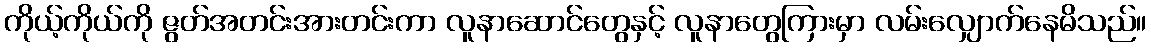
ကိုယ့်ကိုယ်ကို ဇွတ်အတင်းအားတင်းကာ လူနာဆောင်တွေနှင့် လူနာတွေကြားမှာ လမ်းလျှောက်နေမိသည်။